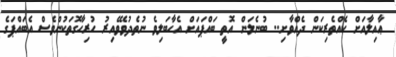
ޢާއިލާއަށް ކެއްތެރިކަން ދެއްވާށި.. ބުނެލަން އޮތީ ބައްޕައަށް އެހާބަލިވެ ނުތެދުވެވޭއިރު ހުރިހާގޮތަކުންވެސް އެބައްޕަގެ